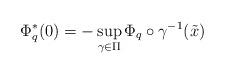
LaTeX: \begin{align*} \Phi_q^*(0) = - \sup_{\gamma\in \Pi} \Phi_q\circ\gamma^{-1}(\tilde x) \end{align*}